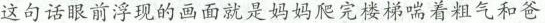
这句话眼前浮现的画面就是妈妈爬完楼梯喘着粗气和爸